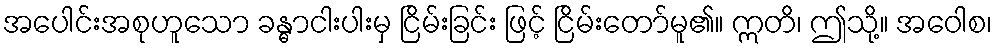
အပေါင်းအစုဟူသော ခန္ဓာငါးပါးမှ ငြိမ်းခြင်း ဖြင့် ငြိမ်းတော်မူ၏။ ဣတိ၊ ဤသို့။ အဝေါစ၊